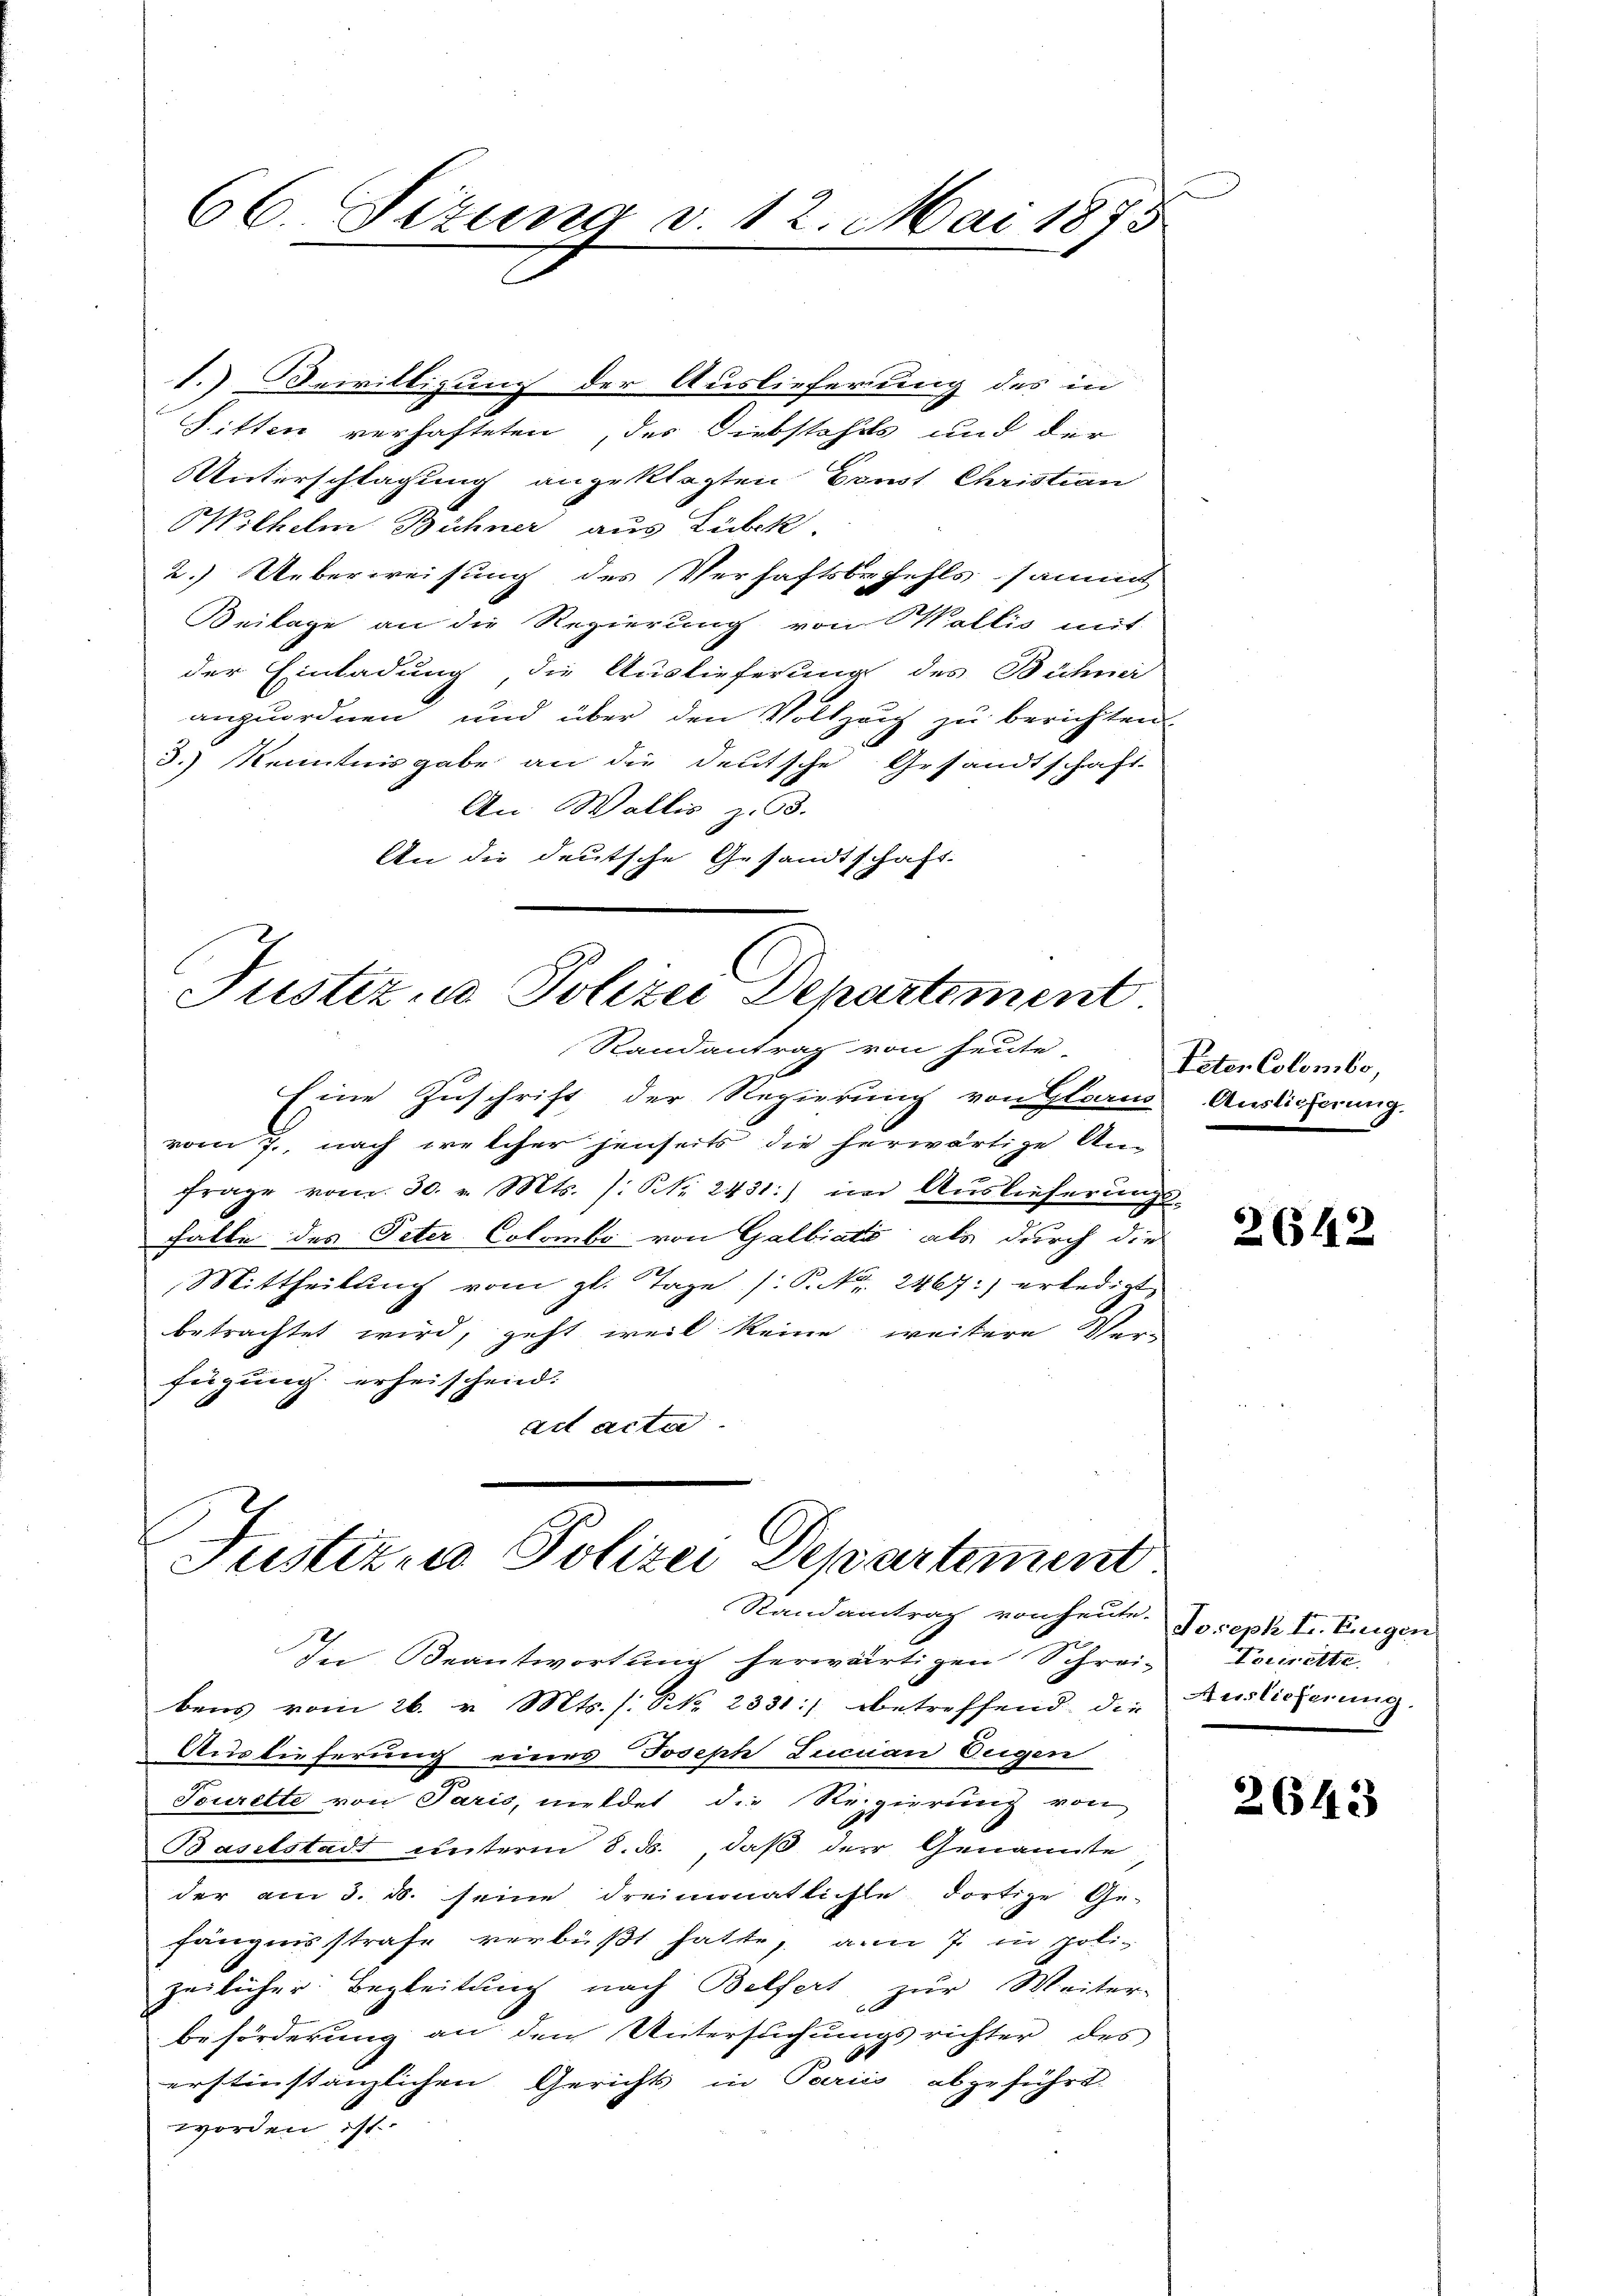
66. Sizung v. 12. Mai 1875

1.) Bewilligung der Auslieferung des in
Sitten verhafteten, des Diebstahls und der
Unterschlagung angeklagten Bonst Christian
Wilhelm Bühner aus Lübk
2.) Ueberweisung des Verhaftsbefehls sammt
Beilage an die Regierung von Wallis mit
der Einladung, die Auslieferung des Bühner
anzuordnen und über den Vollzug zu berichten.
3.) Kenntnisgabe an die deutsche Gesandtschaft-
An Wallis z. 3.
An die deutsche Gesandtschaft.

Justiz, u. Polizei Departement.
Randantrag von heute

Justizen Polizei Departement
Randantrag von heute.

Eine Zuschrift der Regierung von Glarus Auslieferung.
vom 7., nach welcher jenseits die herwärtige Anfrage vom 30. v. Mts. /: N. 2431:) im Auslieferungs-
falle des Peter Colombe von Galbiati als durch die
Mittheilung vom gl. Tage /: P. Nr. 2467:) erledigt
betrachtet wird, geht weil keine weitere Ver-
fügung erheischend.
ad acta.

Paten Colombo,

In Beantwortung herwärtigen Schrei-
bens vom 26. v. Mts. /: NNo. 2331:/ betreffend die Auslicherung.
Auslieferung eines Joseph Lucian Eugen
Tourette von Paris, meldet die Regierung von
Baselstadt unterm 8. ds., daß der Genannte
der am 3. ds. seine dreimonatliche dortige Ge-
fängnisstrafe verbüßt hatte, am 7. in poli-
zeilicher Begleitung nach Belfert zur Weiter-
beförderung an den Untersuchungsrichter des
erstinstanzlichen Gerichts in Pariis abgeführt
worden ist.

2642

Joseph I. Eugen
Tocirette

2643